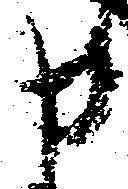
申